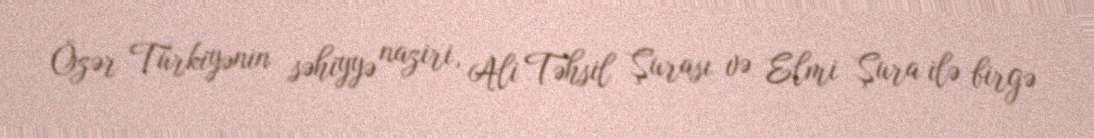
Özər Türkiyənin səhiyyə naziri, Ali Təhsil Şurası və Elmi Şura ilə birgə